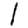
Digit: 1